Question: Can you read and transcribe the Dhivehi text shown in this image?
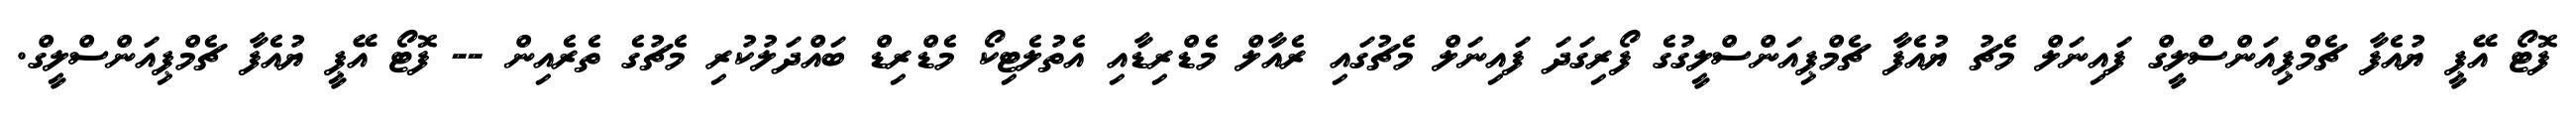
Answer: ފޮޓޯ އޭޕީ ޔުއެފާ ޗެމްޕިއަންސްލީގް ފައިނަލް މެޗު ޔުއެފާ ޗެމްޕިއަންސްލީގުގެ ފޯރިގަދަ ފައިނަލް މެޗުގައި ރެއާލް މެޑްރިޑާއި އެތުލެޓިކޯ މެޑްރިޑް ބައްދަލުކުރި މެޗުގެ ތެރެއިން -- ފޮޓޯ އޭޕީ ޔުއެފާ ޗެމްޕިއަންސްލީގް.